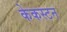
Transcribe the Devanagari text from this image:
केकस्टन